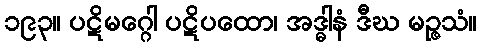
၁၉၃။ ပဋိမဂ္ဂေါ ပဋိပထော၊ အဒ္ဓါနံ ဒီဃ မဉ္ဇသံ။